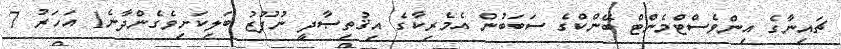
ޗައިނާގެ އިންވެސްޓްމެންޓް ބޭންކްގެ ސަބަބުން އެމެރިކާގެ އިޤުތިޞާދީ ނުފޫޒު ބަލިކަށިވެގެންދާނެ1 އަހަރު 7